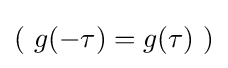
(\ g(-\tau )=g(\tau )\ )